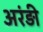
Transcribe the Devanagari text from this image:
अरंड़ी